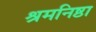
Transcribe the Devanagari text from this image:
श्रमनिष्ठा